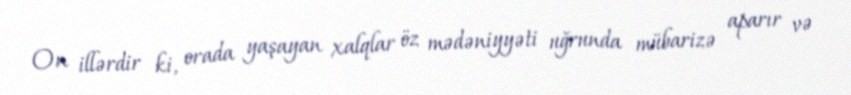
On illərdir ki, orada yaşayan xalqlar öz mədəniyyəti uğrunda mübarizə aparır və